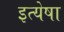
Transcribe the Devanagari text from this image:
इत्येषा